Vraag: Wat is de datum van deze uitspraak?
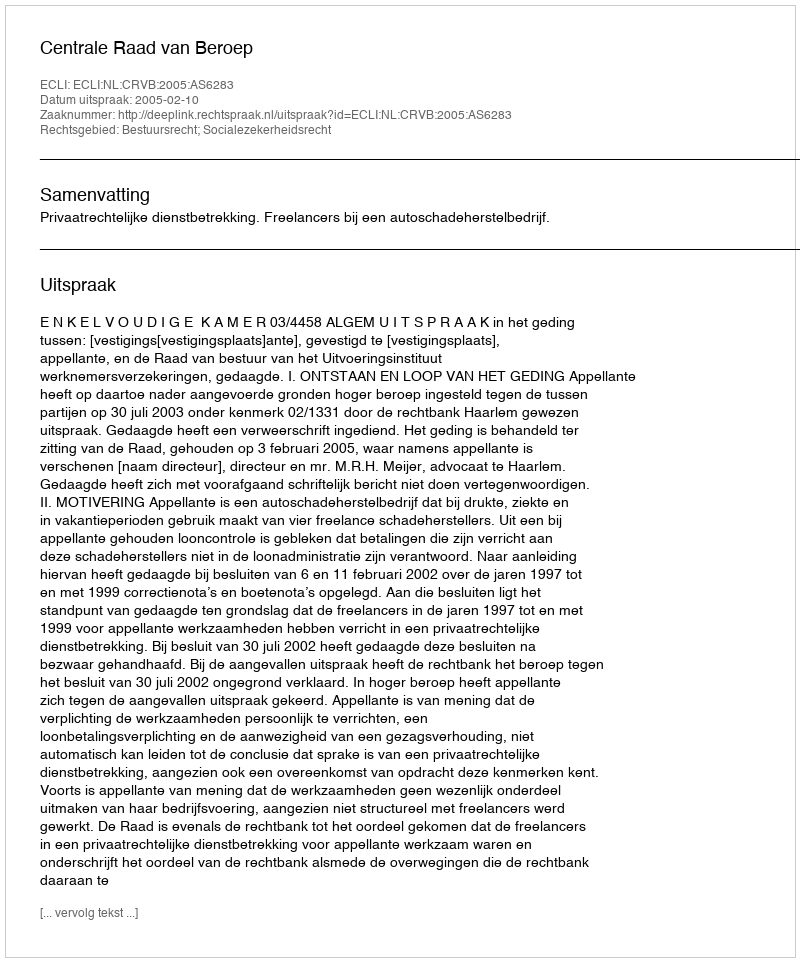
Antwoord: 2005-02-10